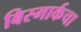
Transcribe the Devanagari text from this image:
बिस्मार्कचा